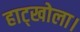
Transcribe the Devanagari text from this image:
हाट्खोला।